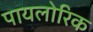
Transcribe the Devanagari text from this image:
पायलोरिक